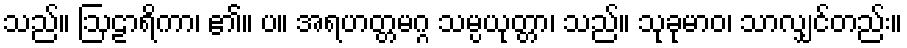
သည်။ ဩဠာရိကာ၊ ၏။ ပ။ အရဟတ္တမဂ္ဂ သမ္ပယုတ္တာ၊ သည်။ သုခုမာဝ၊ သာလျှင်တည်း။